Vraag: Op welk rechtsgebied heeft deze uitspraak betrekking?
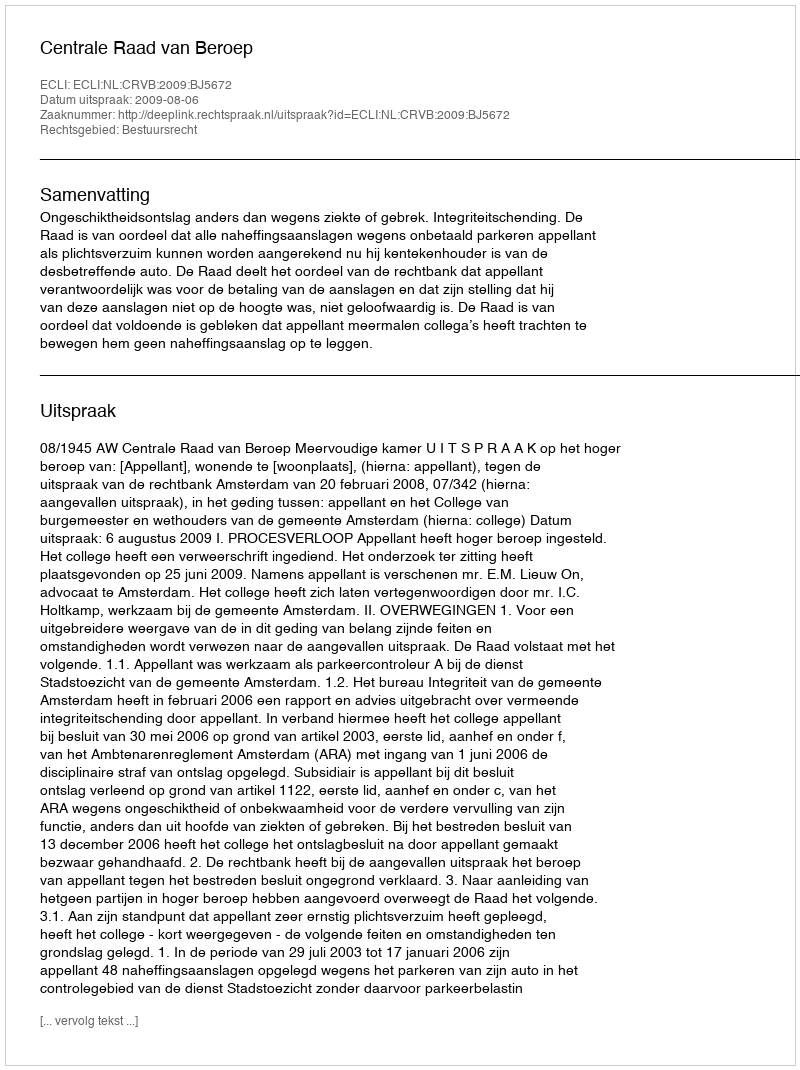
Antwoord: Bestuursrecht